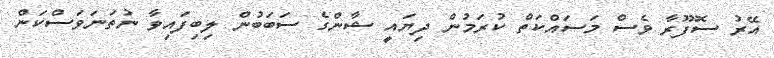
އޭރު ސޮފޫރާ ވެސް މަސައްކަތް ކުރަމުން ދިޔައީ ޝާންގެ ސަބަބުން ލިބިފައިވާ ނުތަނަވަސްކަން